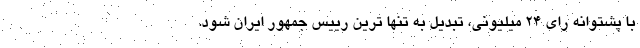
با پشتوانه رای 24 میلیونی، تبدیل به تنها ترین رییس جمهور ایران شود.